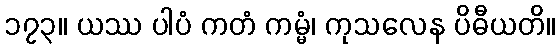
၁၇၃။ ယဿ ပါပံ ကတံ ကမ္မံ၊ ကုသလေန ပိဓီယတိ။